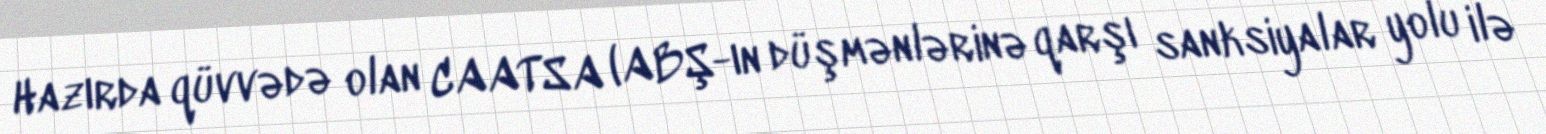
Hazırda qüvvədə olan CAATSA (ABŞ-ın düşmənlərinə qarşı sanksiyalar yolu ilə